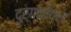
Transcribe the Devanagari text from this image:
दुर्गकोंदल